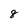
Character: 8